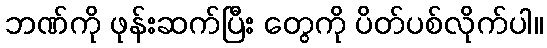
ဘဏ်ကို ဖုန်းဆက်ပြီး တွေကို ပိတ်ပစ်လိုက်ပါ။